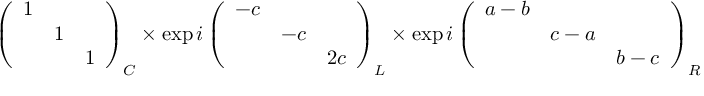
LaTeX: \left( \begin{array} { c c c } { { 1 } } & { { } } & { { } } \\ { { } } & { { 1 } } & { { } } \\ { { } } & { { } } & { { 1 } } \end{array} \right) _ { C } \times \exp i \left( \begin{array} { c c c } { { - c } } & { { } } & { { } } \\ { { } } & { { - c } } & { { } } \\ { { } } & { { } } & { { 2 c } } \end{array} \right) _ { L } \times \exp i \left( \begin{array} { c c c } { { a - b } } & { { } } & { { } } \\ { { } } & { { c - a } } & { { } } \\ { { } } & { { } } & { { b - c } } \end{array} \right) _ { R }